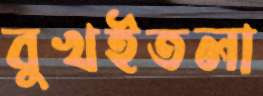
বুখইতলা